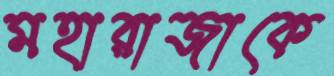
মহারাজাকে